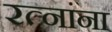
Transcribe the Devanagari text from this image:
रत्‍नांना